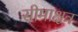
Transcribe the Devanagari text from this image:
सीमाक्षत्र